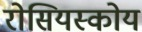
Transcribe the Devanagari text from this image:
रोसियस्कोय